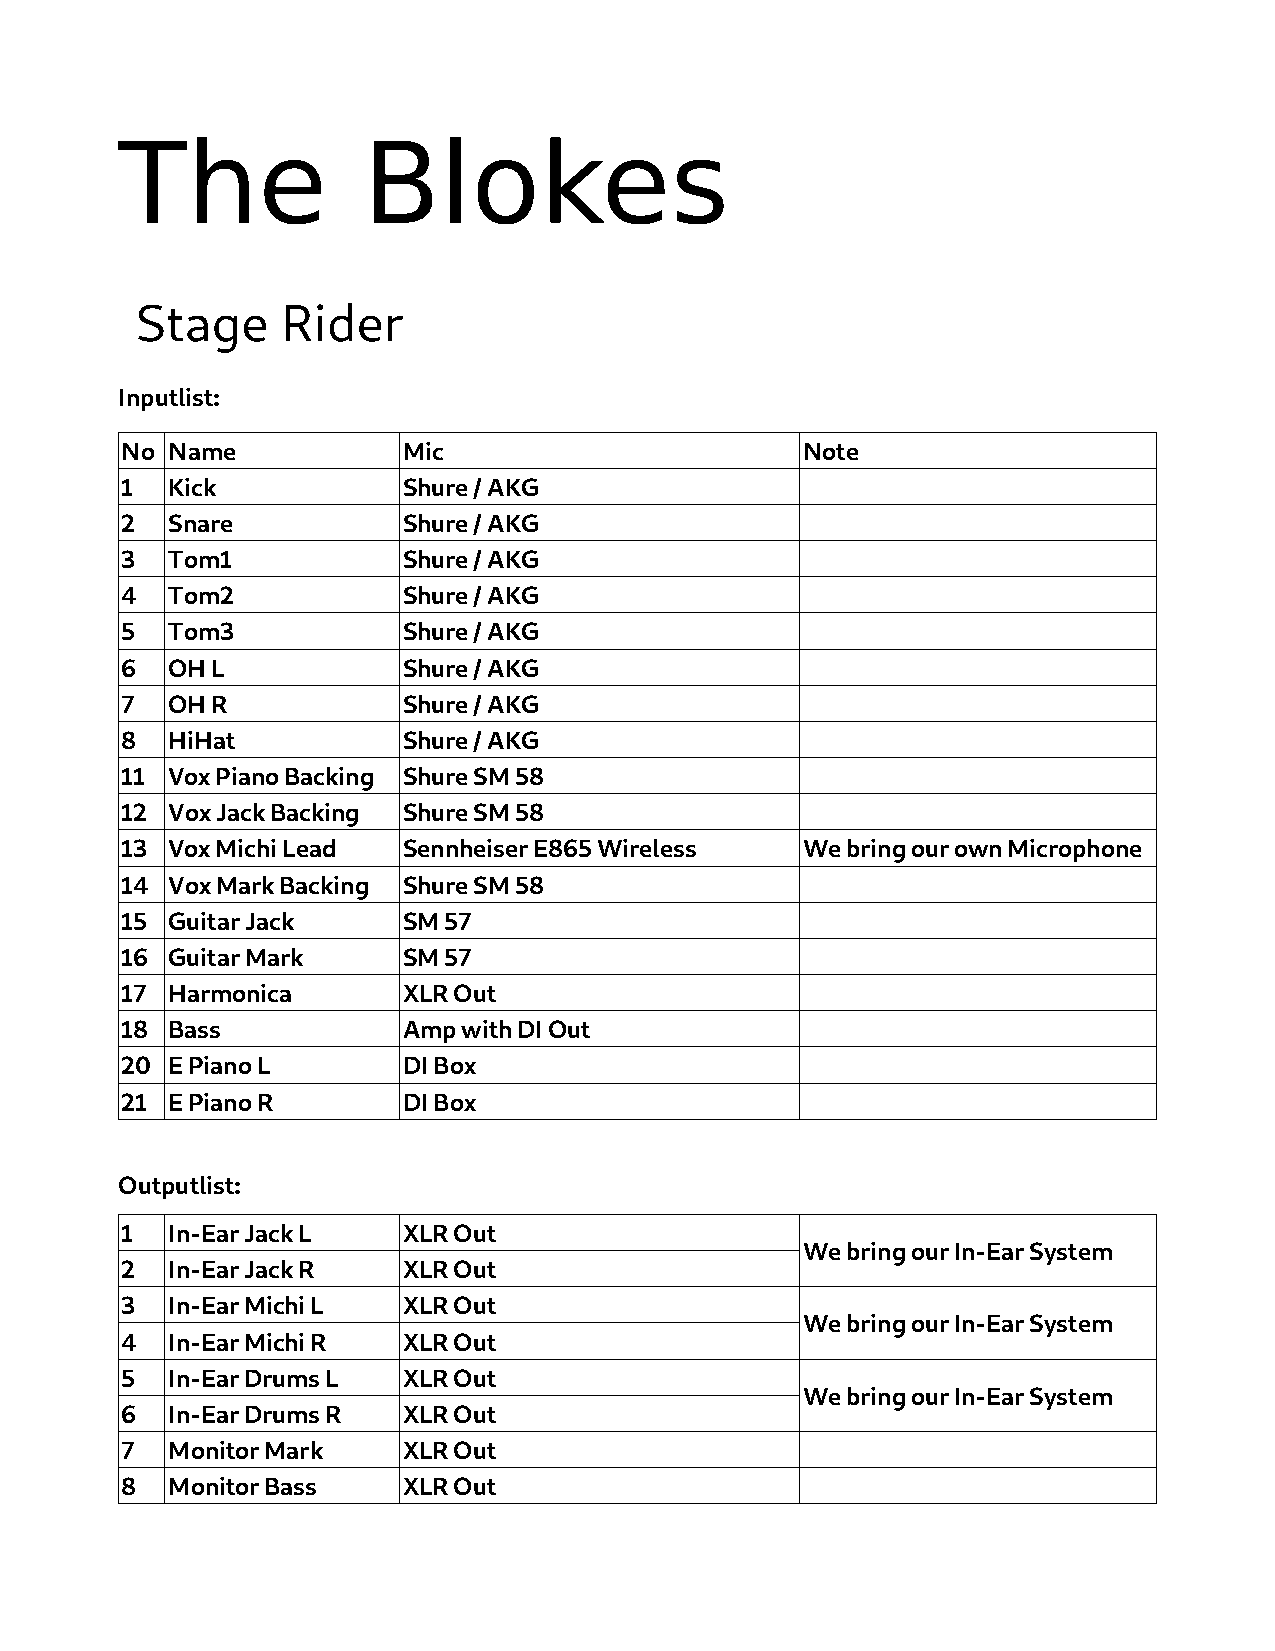
The             Blokes
 Stage     Rider
 Inputlist:
 No Name            Mic                       Note
 1  Kick            Shure / AKG
 2  Snare           Shure / AKG
 3  Tom1            Shure / AKG
 4  Tom2            Shure / AKG
 5  Tom3            Shure / AKG
 6  OH L            Shure / AKG
 7  OH R            Shure / AKG
 8  HiHat           Shure / AKG
 11 Vox Piano Backing Shure SM 58
 12 Vox Jack Backing Shure SM 58
 13 Vox Michi Lead  Sennheiser E865 Wireless  We bring our own Microphone
 14 Vox Mark Backing Shure SM 58
 15 Guitar Jack     SM 57
 16 Guitar Mark     SM 57
 17 Harmonica       XLR Out
 18 Bass            Amp with DI Out
 20 E Piano L       DI Box
 21 E Piano R       DI Box
 Outputlist:
 1  In-Ear Jack L   XLR Out
 We bring our In-Ear System
 2  In-Ear Jack R   XLR Out
 3  In-Ear Michi L  XLR Out
 We bring our In-Ear System
 4  In-Ear Michi R  XLR Out
 5  In-Ear Drums L  XLR Out
 We bring our In-Ear System
 6  In-Ear Drums R  XLR Out
 7  Monitor Mark    XLR Out
 8  Monitor Bass    XLR Out